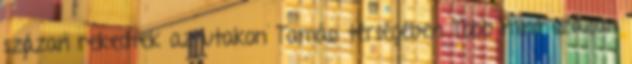
százan rekedtek az utakon Tamási térségében Több mint százan